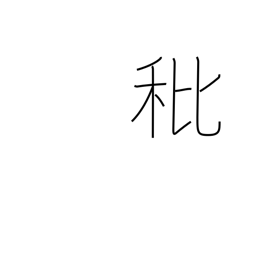
Meaning: empty grain or rice husk